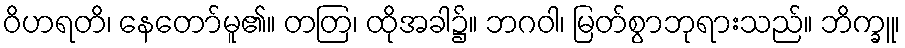
ဝိဟရတိ၊ နေတော်မူ၏။ တတြ၊ ထိုအခါ၌။ ဘဂဝါ၊ မြတ်စွာဘုရားသည်။ ဘိက္ခူ၊